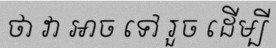
ថា វា អាច ទៅ រួច ដើម្បី